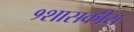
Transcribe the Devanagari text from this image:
१शासकीय